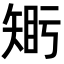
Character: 𥏦